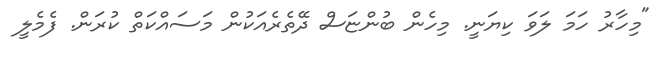
"މިހާރު ހަމަ ލަވަ ކިޔަނީ. މިހެން ބުންޏަސް ދޭތެރެއަކުން މަސައްކަތް ކުރަން. ފެމެލީ